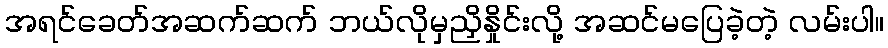
အရင်ခေတ်အဆက်ဆက် ဘယ်လိုမှညှိနှိုင်းလို့ အဆင်မပြေခဲ့တဲ့ လမ်းပါ။